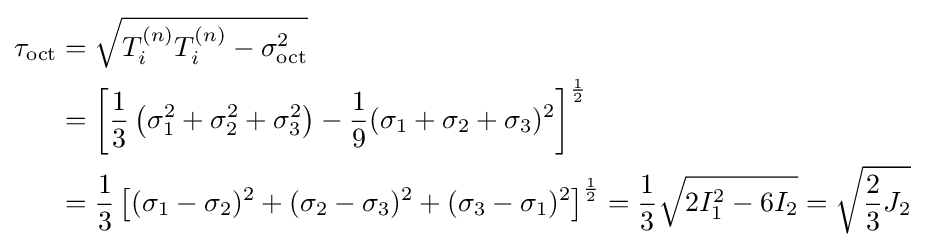
{\begin{aligned}\tau _{\text{oct}}&={\sqrt {T_{i}^{(n)}T_{i}^{(n)}-\sigma _{\text{oct}}^{2}}}\\&=\left[{\frac {1}{3}}\left(\sigma _{1}^{2}+\sigma _{2}^{2}+\sigma _{3}^{2}\right)-{\frac {1}{9}}(\sigma _{1}+\sigma _{2}+\sigma _{3})^{2}\right]^{\frac {1}{2}}\\&={\frac {1}{3}}\left[(\sigma _{1}-\sigma _{2})^{2}+(\sigma _{2}-\sigma _{3})^{2}+(\sigma _{3}-\sigma _{1})^{2}\right]^{\frac {1}{2}}={\frac {1}{3}}{\sqrt {2I_{1}^{2}-6I_{2}}}={\sqrt {{\frac {2}{3}}J_{2}}}\end{aligned}}